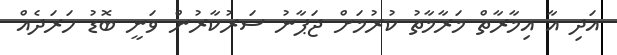
އަދި އާ އިމާރާތް މަރާމާތު ކުރުމަށް ޖަޕާނު ސަރުކާރުން ވަނީ ބޮޑު ހަރަދެއް